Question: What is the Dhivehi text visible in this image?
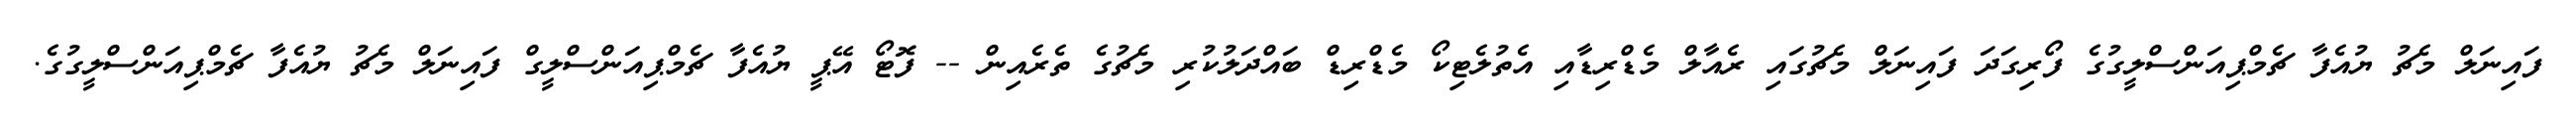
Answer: ފައިނަލް މެޗު ޔުއެފާ ޗެމްޕިއަންސްލީގުގެ ފޯރިގަދަ ފައިނަލް މެޗުގައި ރެއާލް މެޑްރިޑާއި އެތުލެޓިކޯ މެޑްރިޑް ބައްދަލުކުރި މެޗުގެ ތެރެއިން -- ފޮޓޯ އޭޕީ ޔުއެފާ ޗެމްޕިއަންސްލީގް ފައިނަލް މެޗު ޔުއެފާ ޗެމްޕިއަންސްލީގުގެ.